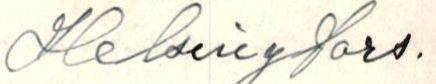
Helsingfors.